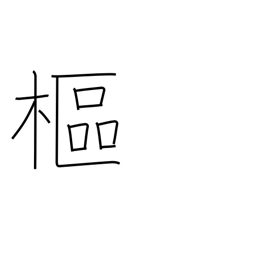
Meaning: pivot